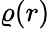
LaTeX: \varrho(r)